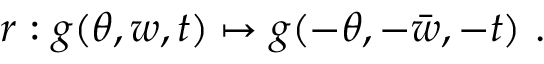
r : g ( \theta , w , t ) \mapsto g ( - \theta , - \bar { w } , - t ) ~ .